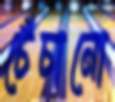
চেঁচানো